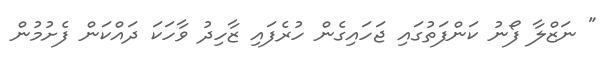
" ނަޒްލާ ފޯނު ކަންފަތުގައި ޖަހައިގެން ހުރެފައި ޒާހިދު ވާހަކަ ދައްކަން ފެށުމުން